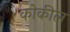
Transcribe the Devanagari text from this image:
कोकील